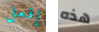
إفعل هذه